Document type: Sale
Year: 1440
Scribe: Pere Pau Pujades
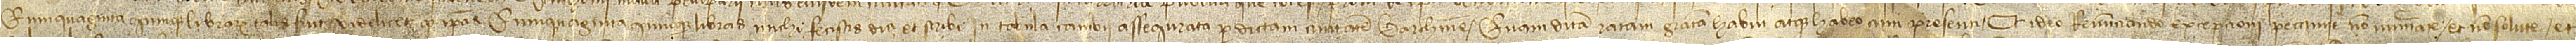
quinquaginta quinque librarum talis sunt, videlicet, quod ipsas quinquaginta quinque libras michi fecistis dici et scribi in tabula cambii assegurata per dictam civitatem Barchinone. Quam ditam ratam gratam habui atque habeo cum presenti. Et ideo, renunciando excepcioni peccunie non numerate et non solute, et